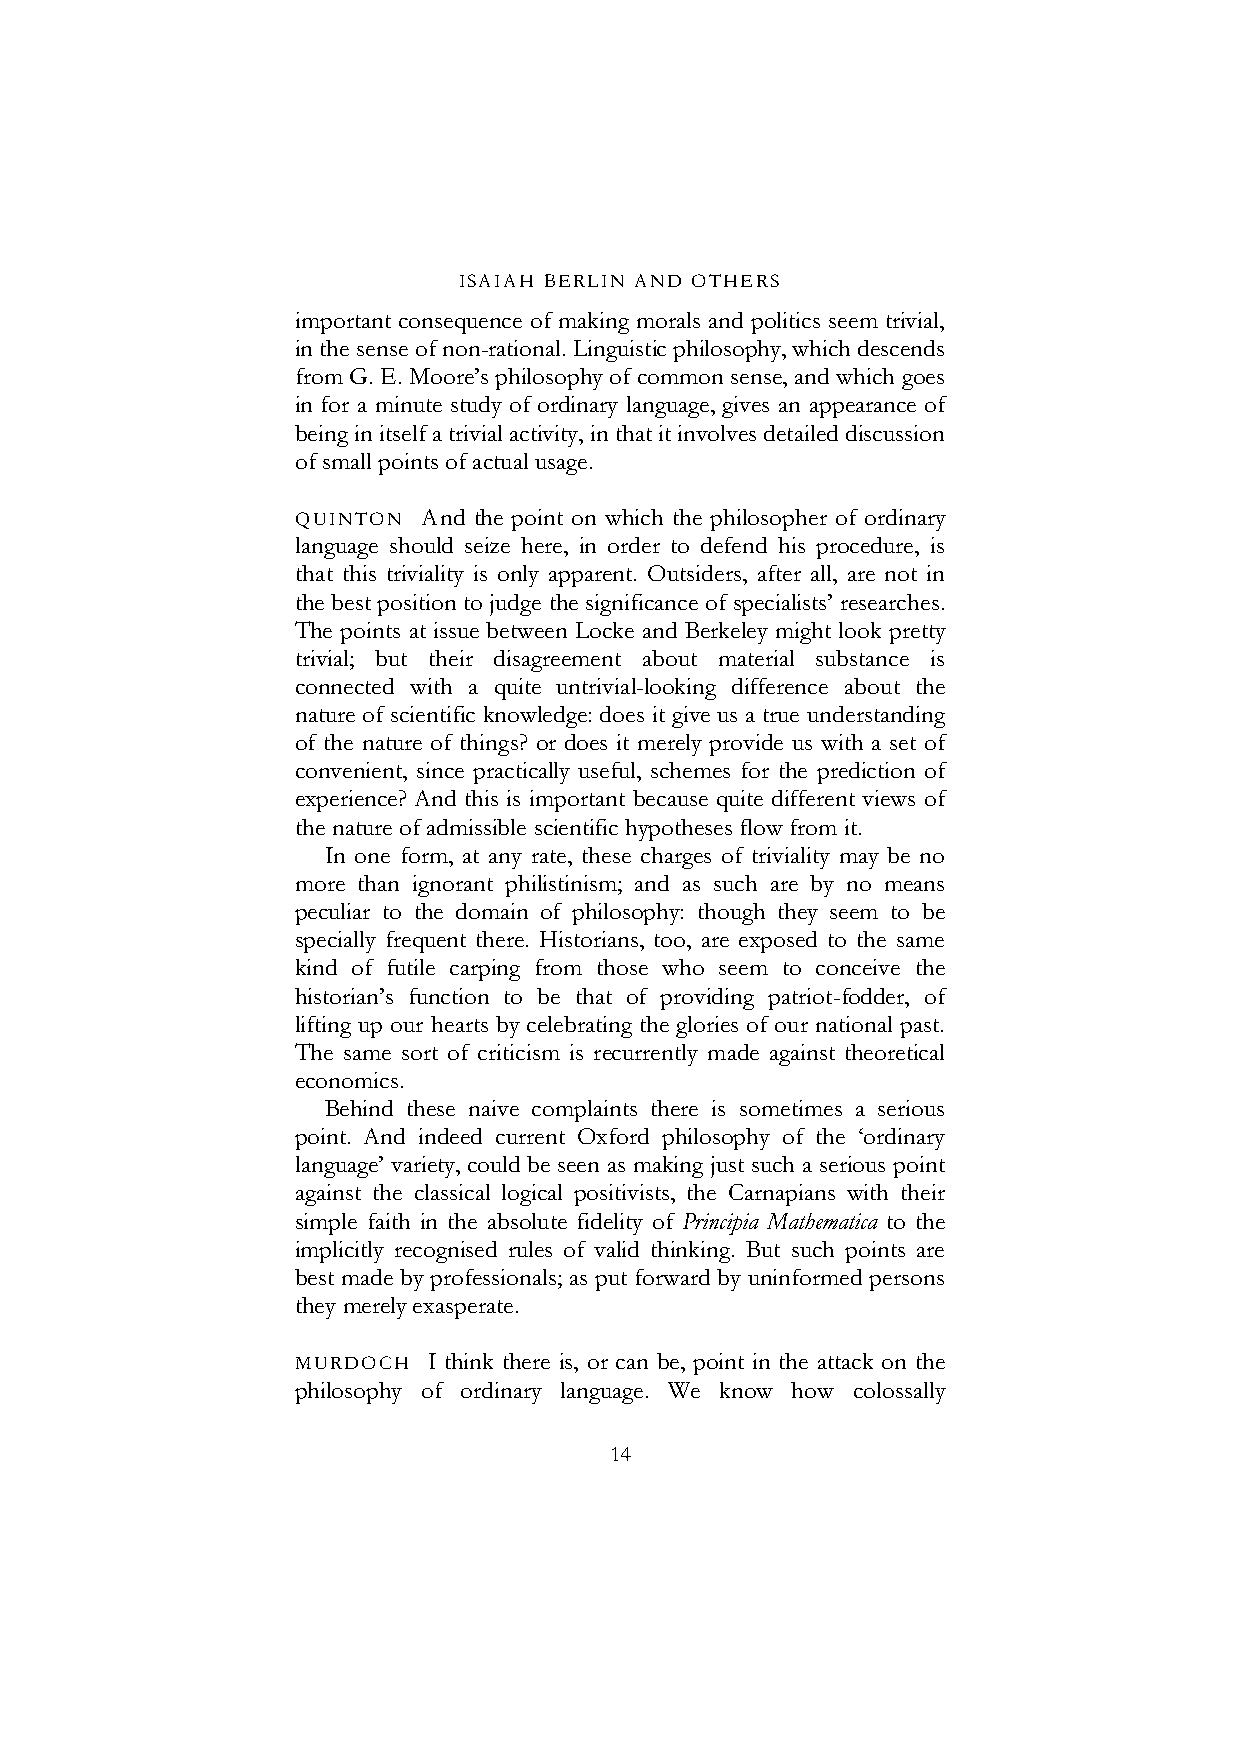
ISAIAH BERLIN AND OTHERS
 important consequence of making morals and politics seem trivial,
 in the sense of non-rational. Linguistic philosophy, which descends
 from G. E. Moore’s philosophy of common sense, and which goes
 in for a minute study of ordinary language, gives an appearance of
 being in itself a trivial activity, in that it involves detailed discussion
 of small points of actual usage.
 QUINTON And the point on which the philosopher of ordinary
 language should seize here, in order to defend his procedure, is
 that this triviality is only apparent. Outsiders, after all, are not in
 the best position to judge the significance of specialists’ researches.
 The points at issue between Locke and Berkeley might look pretty
 trivial; but their disagreement about material substance is
 connected with a quite untrivial-looking difference about the
 nature of scientific knowledge: does it give us a true understanding
 of the nature of things? or does it merely provide us with a set of
 convenient, since practically useful, schemes for the prediction of
 experience? And this is important because quite different views of
 the nature of admissible scientific hypotheses flow from it.
 In one form, at any rate, these charges of triviality may be no
 more than ignorant philistinism; and as such are by no means
 peculiar to the domain of philosophy: though they seem to be
 specially frequent there. Historians, too, are exposed to the same
 kind of futile carping from those who seem to conceive the
 historian’s function to be that of providing patriot-fodder, of
 lifting up our hearts by celebrating the glories of our national past.
 The same sort of criticism is recurrently made against theoretical
 economics.
 Behind these naive complaints there is sometimes a serious
 point. And indeed current Oxford philosophy of the ‘ordinary
 language’ variety, could be seen as making just such a serious point
 against the classical logical positivists, the Carnapians with their
 simple faith in the absolute fidelity of Principia Mathematica to the
 implicitly recognised rules of valid thinking. But such points are
 best made by professionals; as put forward by uninformed persons
 they merely exasperate.
 MURDOCH I think there is, or can be, point in the attack on the
 philosophy of ordinary language. We know how colossally
 14